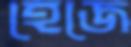
হেজে